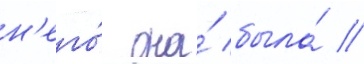
н'его́ она́ была́ //